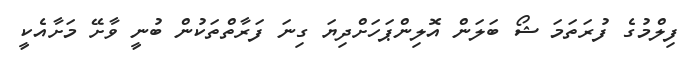
ފިލްމުގެ ފުރަތަމަ ޝޯ ބަލަން އޮލިންޕަހަށްދިޔަ ގިނަ ފަރާތްތަކުން ބުނީ ވާށޭ މަށާއެކީ